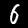
Label: 6